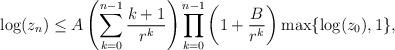
LaTeX: \begin{align*} \log(z_n) \leq A\left(\sum_{k=0}^{n-1} \frac{k+1}{r^k} \right) \prod_{k=0}^{n-1}\left(1+\frac{B}{r^k}\right)\max\{\log(z_0),1\},\end{align*}